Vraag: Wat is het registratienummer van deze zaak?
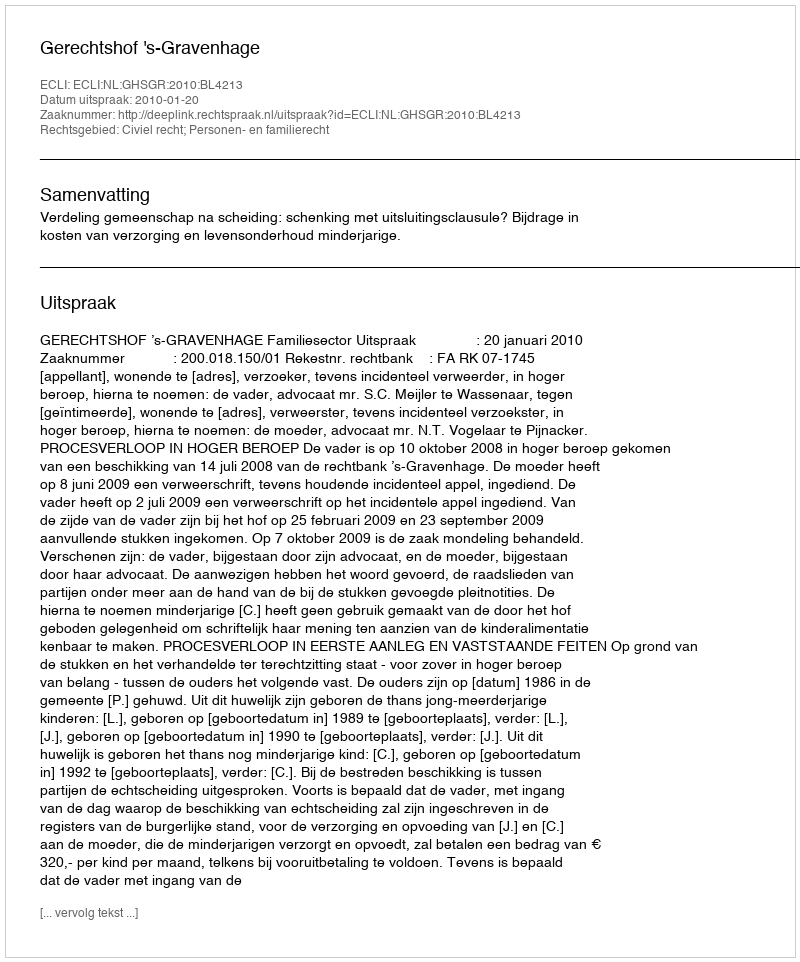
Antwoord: http://deeplink.rechtspraak.nl/uitspraak?id=ECLI:NL:GHSGR:2010:BL4213